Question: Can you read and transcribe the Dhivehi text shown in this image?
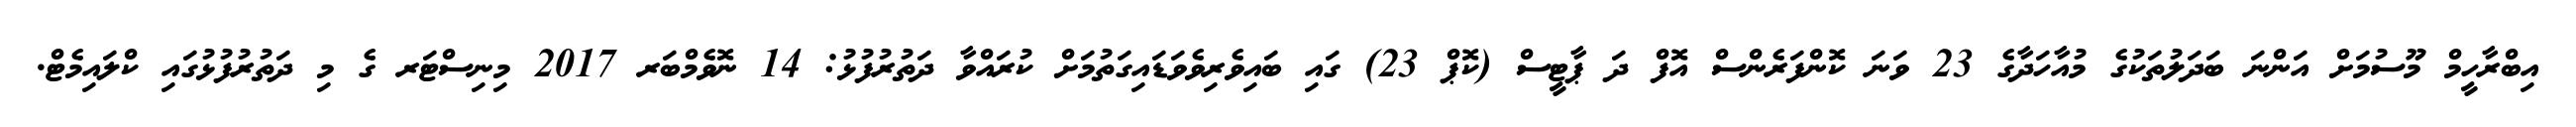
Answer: އިބްރާހީމް މޫސުމަށް އަންނަ ބަދަލުތަކުގެ މުއާހަދާގެ 23 ވަނަ ކޮންފަރެންސް އޮފް ދަ ޕާޓީސް (ކޮޕް 23) ގައި ބައިވެރިވެވަޑައިގަތުމަށް ކުރައްވާ ދަތުރުފުޅު: 14 ނޮވެމްބަރ 2017 މިނިސްޓަރ ގެ މި ދަތުރުފުޅުގައި ކްލައިމެޓް.